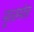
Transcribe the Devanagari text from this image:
मूळमंत्र